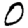
Digit: 0